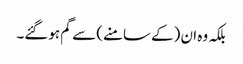
بلکہ وہ ان (کے سامنے) سے گم ہوگئے۔